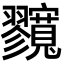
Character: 𡬘